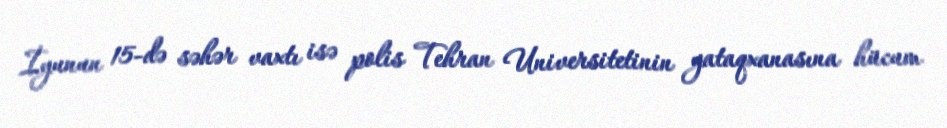
İyunun 15-də səhər vaxtı isə polis Tehran Universitetinin yataqxanasına hücum